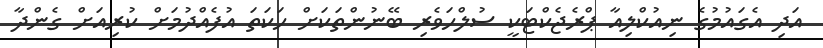
އަދި އެގައުމުގެ ނިއުކްލިއާ ޕްރެޖެކްޓަކީ ސުލްހަވެރި ބޭނުންތަކަށް ހަކަތަ އުފެއްދުމަށް ކުރިއަށް ގެންދާ